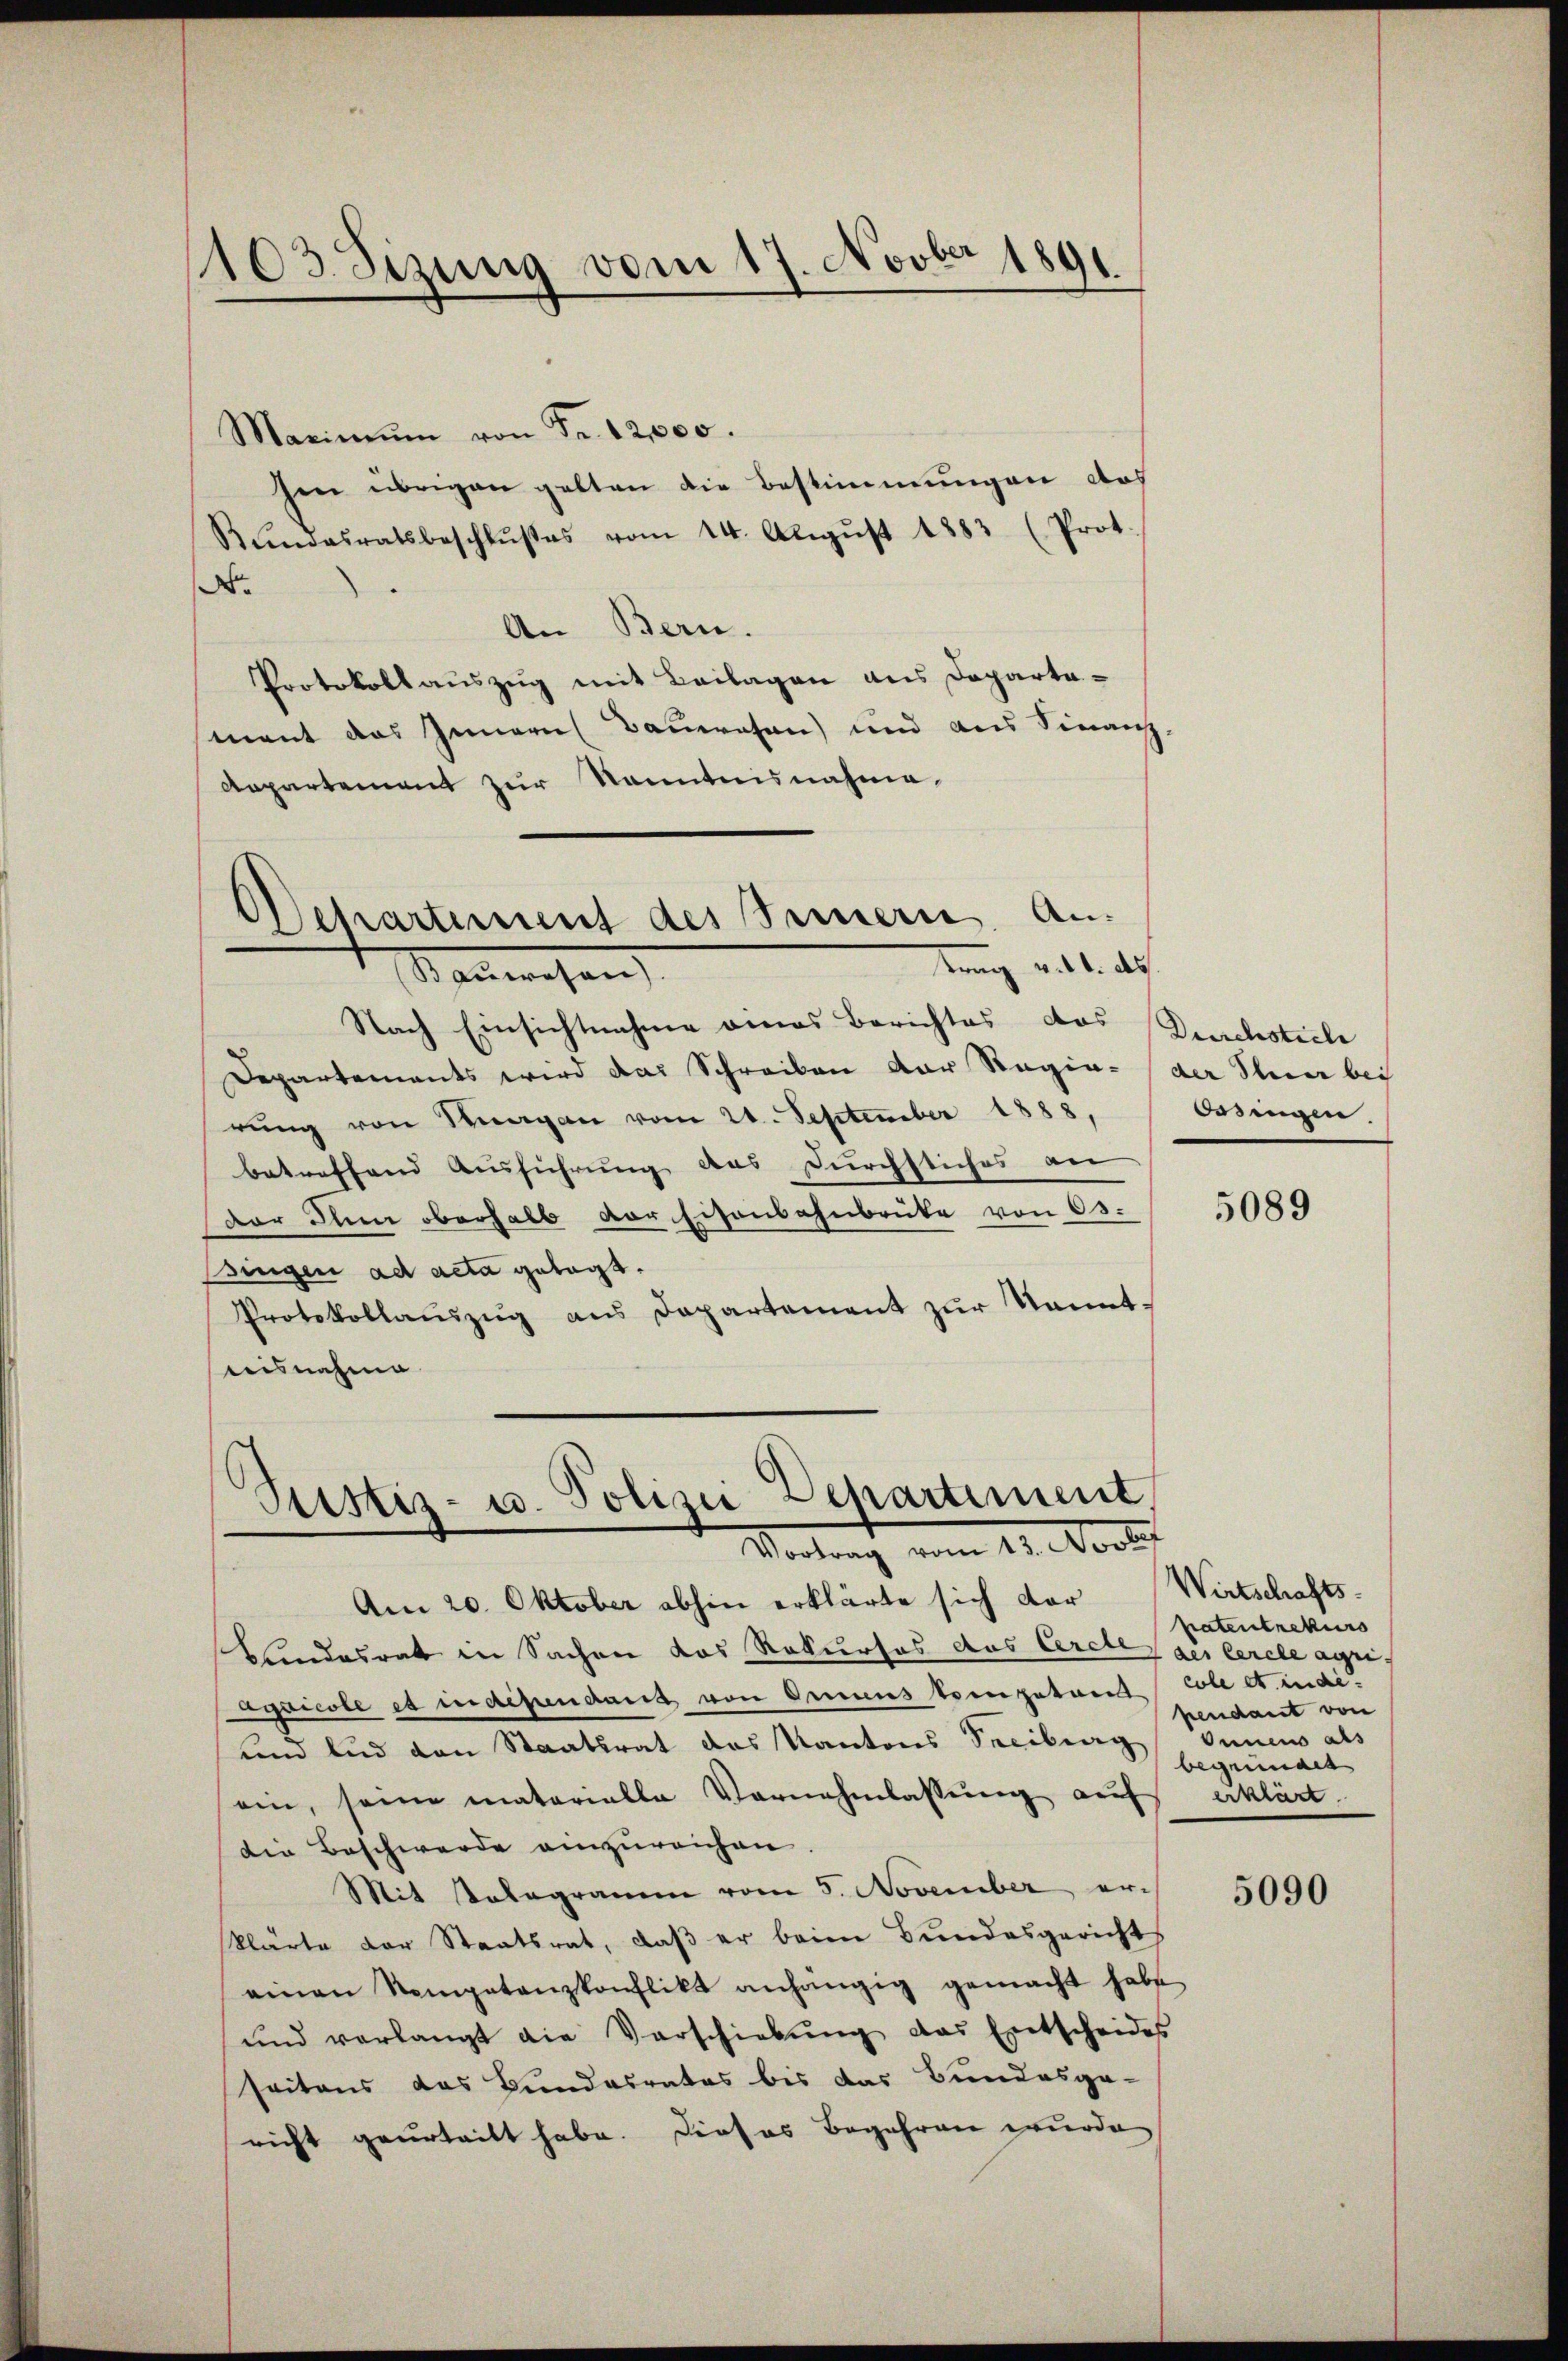
1103. Sizung vom 17. Novber 1891.

Maximŭm von Fr. 12,000.
hen übrigen gelten die Bestimmungen doch
Kŭndesratsbeschlŭβes vom 14. Aŭgŭst 1883 (Prot.
No
An Bern.
Protokollauszug mit Beilagen aus Departemant das Innern Bauwesen) und aus Finanz-
Aepartement zur Kenntnisnahme,

Departement des Innern. Antrag v. 11. ds.
Sanwesen

Nach Einsichtnahme eines Berichtes das Deuchesteile
Departements wird das Schreiben der Regia-der Stier bei
rŭng von Sargau vom 21. September 1888,
betreffend Ausführung das Durchstiches an
Der Inen oberhalb der Eisenbahnbrüke von 63.
Bringen ad acta getagt.
Protokollaŭszŭg aŭs Departement zŭr kanntnisnahme

Ptistiz- u. Polizei Departement,
Vortrag vom 13. Novber

Am 20. Oktober abhin erklärte sich dor
blindesrat in Sachen das Rekurses das Cerete aus Cerele ageagricole es in dependant von Oriens kompeteres colle et. indi
und und den Staatsrat das Kantons Seeibung
ein, seine materialle Vornehmlassŭng auf erklärt.
die Beschwerde einzureichen.
Mit Telegramm vom 5. November erklärte der Staatsrat, daß er beim Bundesgerichts
einen Nompetenzkonflikt anhängig gemacht habe
und verlangt die Vorschiebŭng das Entscheides
seitens das Bundesrates bis das Bundesge-
richt geurteilt habe. Dieses Begehren wurde

Ordingen.

5089

Wirtschafts-
Patentrekurs
pendant von
Onnen als
begründet

5090